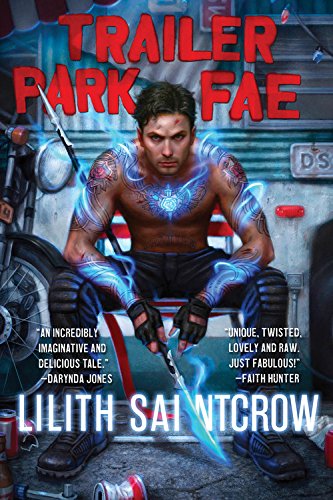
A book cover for Trailer Park Fae (Gallow and Ragged); Lilith Saintcrow; Science Fiction & Fantasy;